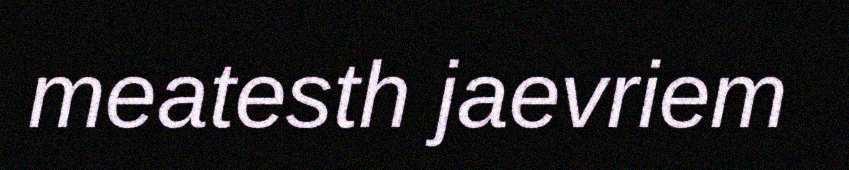
meatesth jaevriem